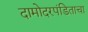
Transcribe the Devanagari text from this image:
दामोदरपंडिताचा